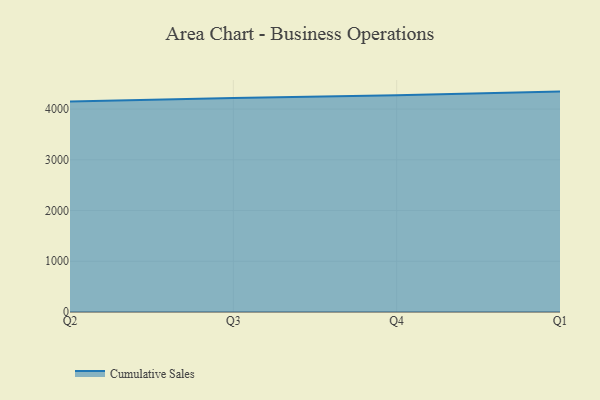
{"axis": {"x": "Quarter", "y": "Churn Rate (%)"}, "legend": ["Cumulative Sales"], "data": [{"x": "Q2", "y": 4148.9, "type": "Cumulative Sales"}, {"x": "Q3", "y": 4220.5, "type": "Cumulative Sales"}, {"x": "Q4", "y": 4273.4, "type": "Cumulative Sales"}, {"x": "Q1", "y": 4345.1, "type": "Cumulative Sales"}]}